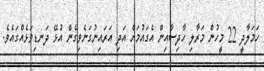
ހަމަލާދީ 22 މީހުން މަރާލި ހާދިސާއިން އެގައުމަށް އަދި އަރައިނުގަނެވިގެން އުޅޭ ދަނޑިވަޅެއްގައެވެ.